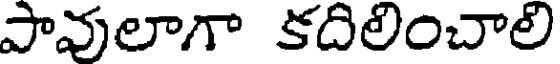
పావులాగా కదిలించాలి